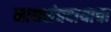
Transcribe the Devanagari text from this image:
नाथसंप्रदायाचा